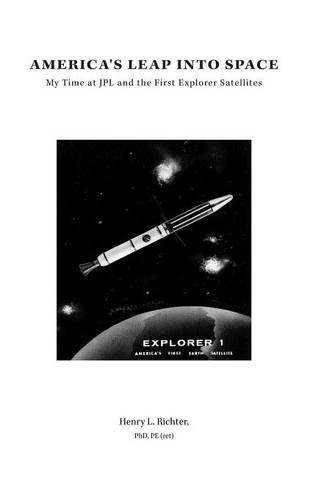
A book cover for America's Leap Into Space: My Time at JPL and the First Explorer Satellites; Henry L. Richter; Science & Math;